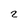
Character: 2